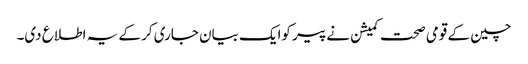
چین کے قومی صحت کمیشن نے پیر کوایک بیان جاری کر کے یہ اطلاع دی۔